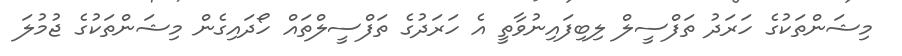
މިޝަންތަކުގެ ހަރަދު ތަފްސީލް ލިބިފައިނުވާތީ އެ ހަރަދުގެ ތަފްސީލްތައް ހޯދައިގެން މިޝަންތަކުގެ ޖުމުލަ